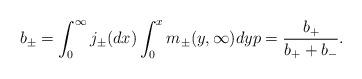
LaTeX: \begin{align*}b_\pm &= \int_{0}^{\infty}j_\pm(dx)\int_{0}^{x}m_\pm(y,\infty)dy p = \frac{b_+}{b_+ + b_-}. \end{align*}